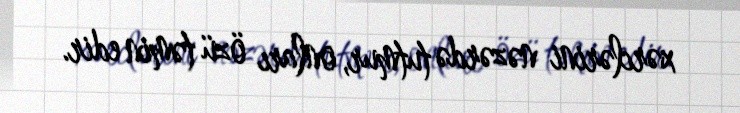
xərclərini nəzərdə tutmur, onları özü təmin edir.